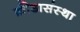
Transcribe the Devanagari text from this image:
क्रीडासंस्था